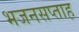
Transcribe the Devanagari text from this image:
भजनसप्‍ताह